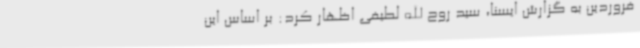
فروردین به گزارش ایسنا، سید روح الله لطیفی اظهار کرد: بر اساس این